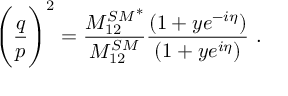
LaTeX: \Bigg ( \frac { q } { p } \Bigg ) ^ { 2 } = \frac { { M _ { 1 2 } ^ { S M } } ^ { * } } { M _ { 1 2 } ^ { S M } } \frac { ( 1 + y e ^ { - i \eta } ) } { ( 1 + y e ^ { i \eta } ) } \ .